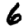
Digit: 6